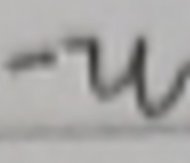
$-u$